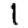
Digit: 1